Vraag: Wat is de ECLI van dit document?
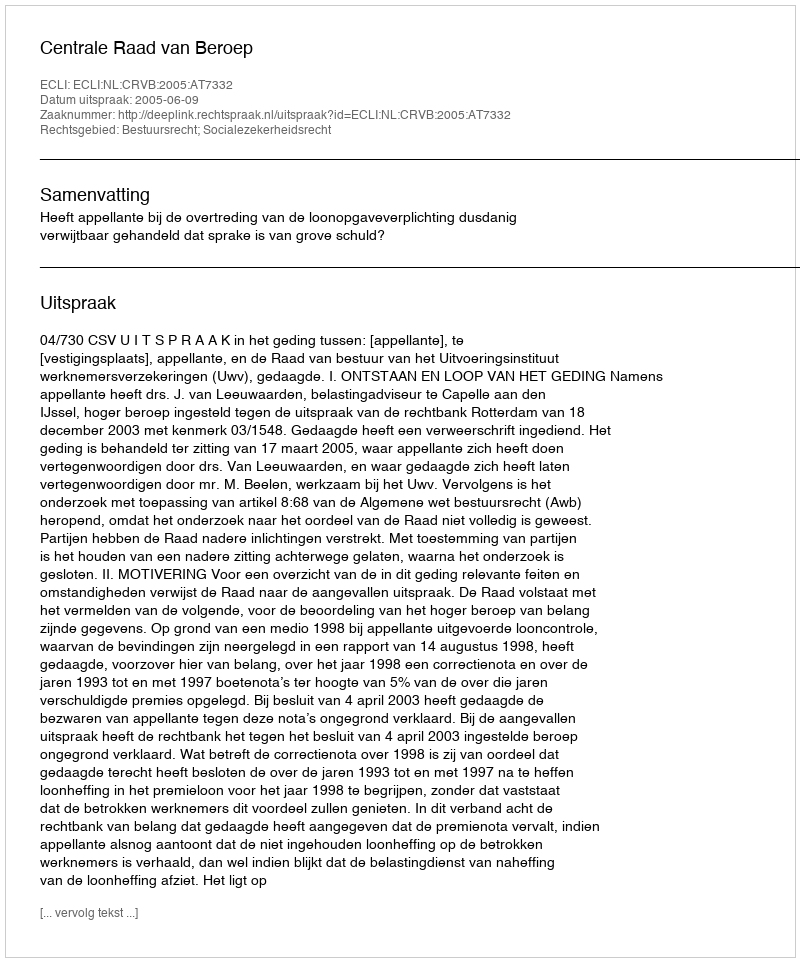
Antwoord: ECLI:NL:CRVB:2005:AT7332